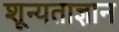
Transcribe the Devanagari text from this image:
शून्यताज्ञान